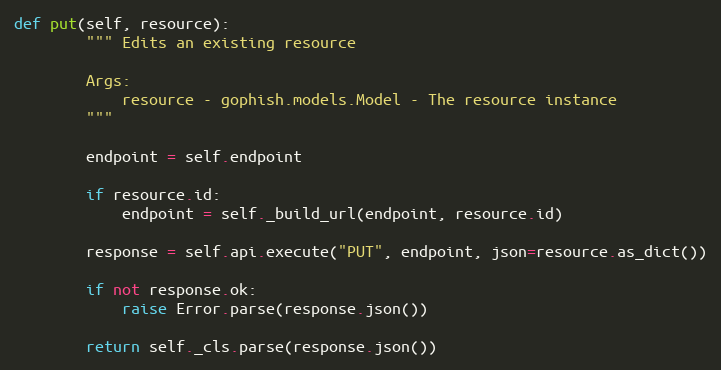
Language: Python
def put(self, resource):
        """ Edits an existing resource

        Args:
            resource - gophish.models.Model - The resource instance
        """

        endpoint = self.endpoint

        if resource.id:
            endpoint = self._build_url(endpoint, resource.id)

        response = self.api.execute("PUT", endpoint, json=resource.as_dict())

        if not response.ok:
            raise Error.parse(response.json())

        return self._cls.parse(response.json())